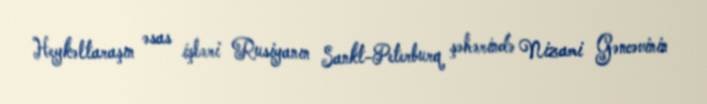
Heykəltaraşın əsas işləri Rusiyanın Sankt-Peterburq şəhərində Nizami Gəncəvinin